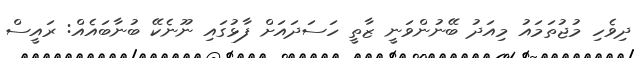
ދިވެހި މުޖުތަމައު މިއަދު ބޭނުންވަނީ ޒާތީ ހަސަދައަށް ފާޅުގައި ނޫނެކޭ ބުނާބައެއް: ރައީސް